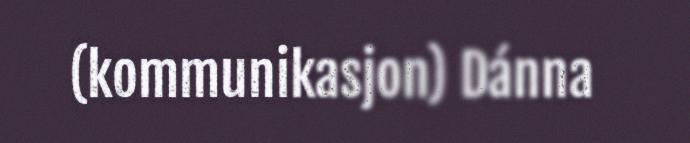
(kommunikasjon) Dánna